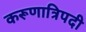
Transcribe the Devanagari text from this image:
करूणात्रिपदी